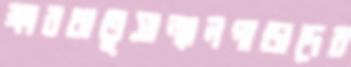
ক্ষারধাতুসান্যালপাড়াদেব